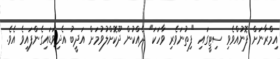
އިމްރާނަށް ފޮނުއްވެވި ސިޓީގައި "ފިތުނަވެރި ވާހަކަ" ދެއްކުން ދޫކޮށްލުވުމަށް އަދީބު އެދިވަޑައިގެންފައިވެ އެވެ.